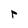
Character: r